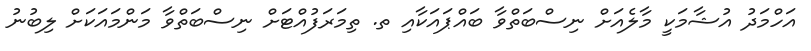
އަހްމަދު އުޝާމަކީ މާލެއަށް ނިސްބަތްވާ ބައްޕައަކާއި ތ. ތިމަރަފުއްޓަށް ނިސްބަތްވާ މަންމައަކަށް ލިބުނު